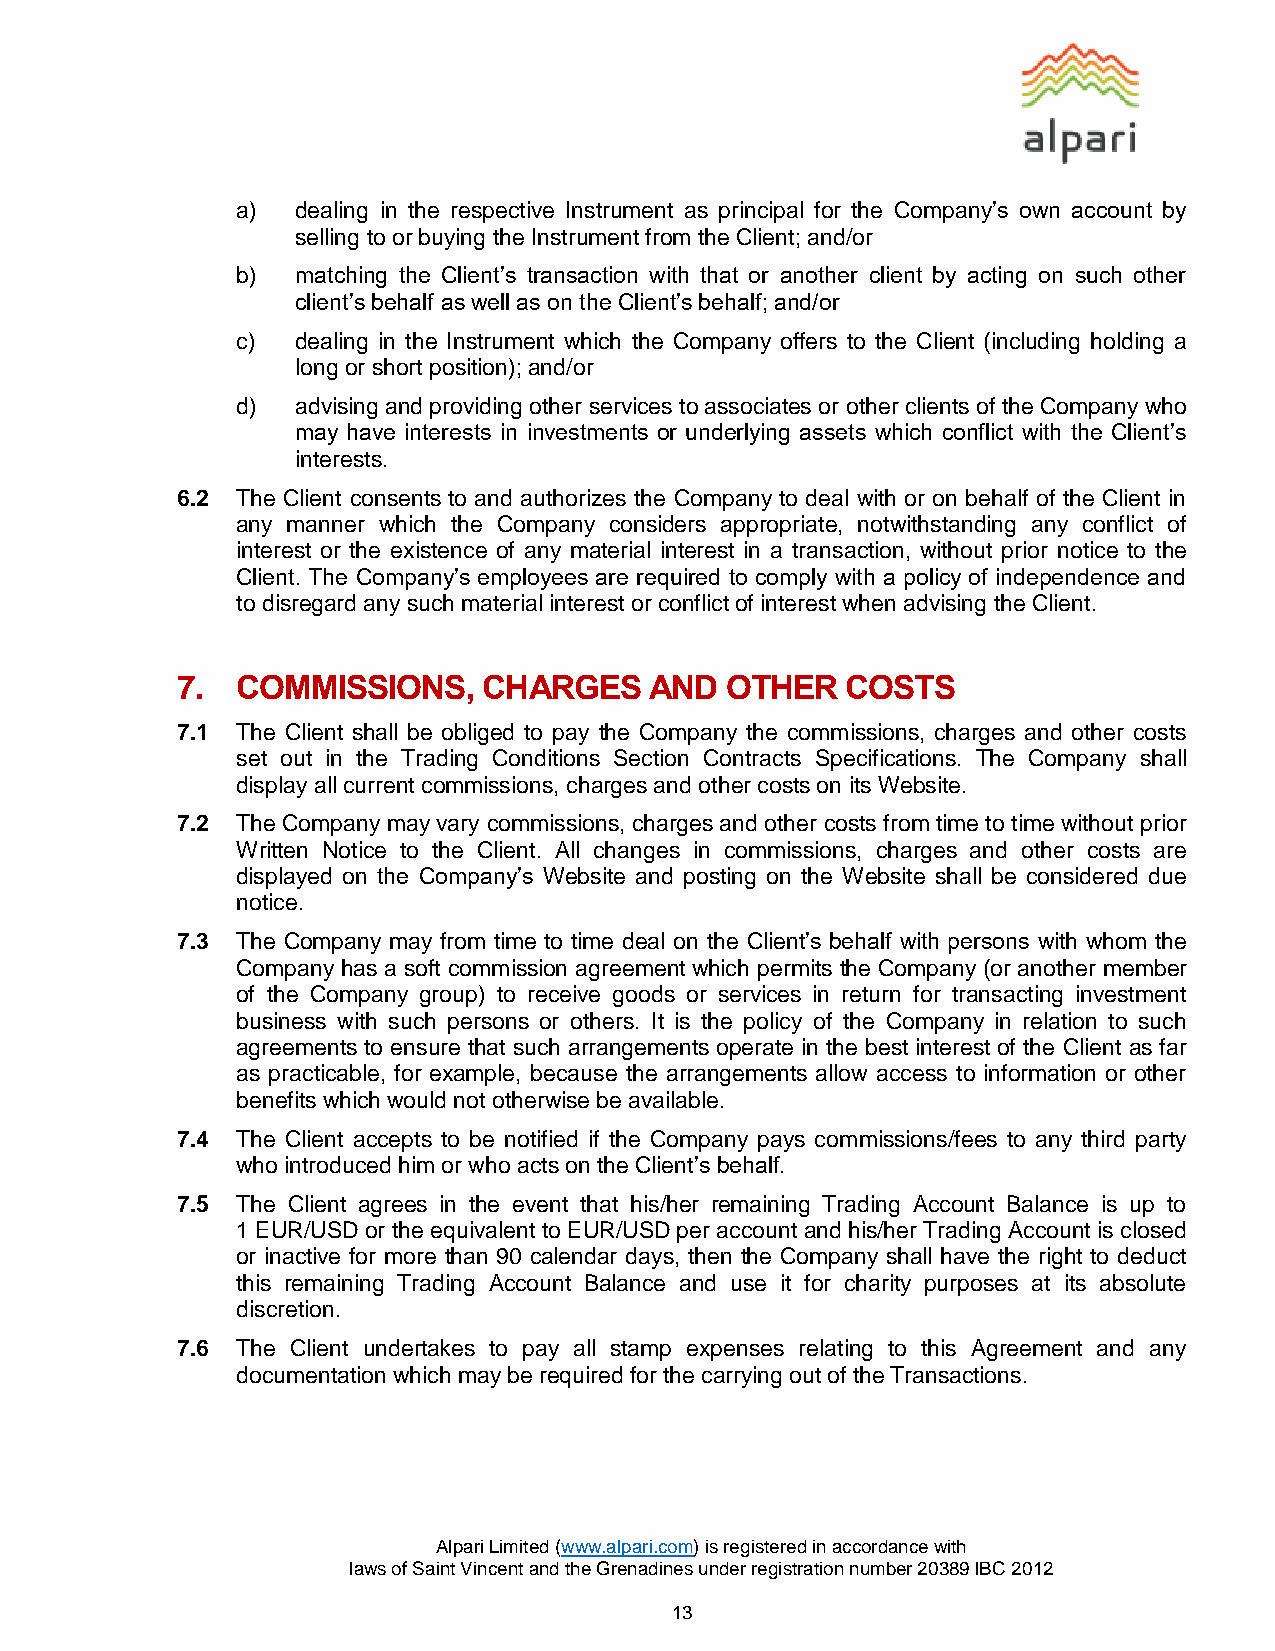
a)  dealing in the respective Instrument as principal for the Company’s own account by
 selling to or buying the Instrument from the Client; and/or
 b)  matching the Client’s transaction with that or another client by acting on such other
 client’s behalf as well as on the Client’s behalf; and/or
 c)  dealing in the Instrument which the Company offers to the Client (including holding a
 long or short position); and/or
 d)  advising and providing other services to associates or other clients of the Company who
 may have interests in investments or underlying assets which conflict with the Client’s
 interests.
 6.2 The Client consents to and authorizes the Company to deal with or on behalf of the Client in
 any manner which the Company considers appropriate, notwithstanding any conflict of
 interest or the existence of any material interest in a transaction, without prior notice to the
 Client. The Company’s employees are required to comply with a policy of independence and
 to disregard any such material interest or conflict of interest when advising the Client.
 7.  COMMISSIONS,    CHARGES    AND  OTHER   COSTS
 7.1 The Client shall be obliged to pay the Company the commissions, charges and other costs
 set out in the Trading Conditions Section Contracts Specifications. The Company shall
 display all current commissions, charges and other costs on its Website.
 7.2 The Company may vary commissions, charges and other costs from time to time without prior
 Written Notice to the Client. All changes in commissions, charges and other costs are
 displayed on the Company’s Website and posting on the Website shall be considered due
 notice.
 7.3 The Company may from time to time deal on the Client’s behalf with persons with whom the
 Company has a soft commission agreement which permits the Company (or another member
 of the Company group) to receive goods or services in return for transacting investment
 business with such persons or others. It is the policy of the Company in relation to such
 agreements to ensure that such arrangements operate in the best interest of the Client as far
 as practicable, for example, because the arrangements allow access to information or other
 benefits which would not otherwise be available.
 7.4 The Client accepts to be notified if the Company pays commissions/fees to any third party
 who introduced him or who acts on the Client’s behalf.
 7.5 The Client agrees in the event that his/her remaining Trading Account Balance is up to
 1 EUR/USD or the equivalent to EUR/USD per account and his/her Trading Account is closed
 or inactive for more than 90 calendar days, then the Company shall have the right to deduct
 this remaining Trading Account Balance and use it for charity purposes at its absolute
 discretion.
 7.6 The Client undertakes to pay all stamp expenses relating to this Agreement and any
 documentation which may be required for the carrying out of the Transactions.
 Alpari Limited (www.alpari.com) is registered in accordance with
 laws of Saint Vincent and the Grenadines under registration number 20389 IBC 2012
 13